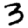
Digit: 3